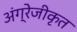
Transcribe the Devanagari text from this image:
अंग्रेजीकृत